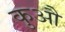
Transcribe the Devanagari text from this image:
कुऔ